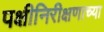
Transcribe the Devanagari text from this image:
पक्षीनिरीक्षणाच्या